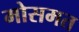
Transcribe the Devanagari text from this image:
मोसमत